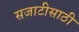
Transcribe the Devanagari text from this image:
सजाटीसाठी